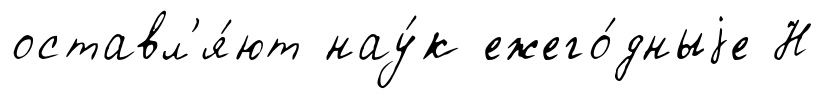
оставл'я́ют нау́к ежего́дныjе Н